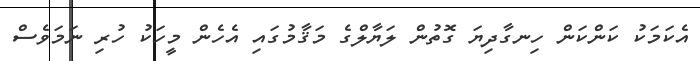
އެކަމަކު ކަންކަން ހިނގާދިޔަ ގޮތުން ލަޔާލްގެ މަޤާމުގައި އެހެން މީހަކު ހުރި ނަމަވެސް